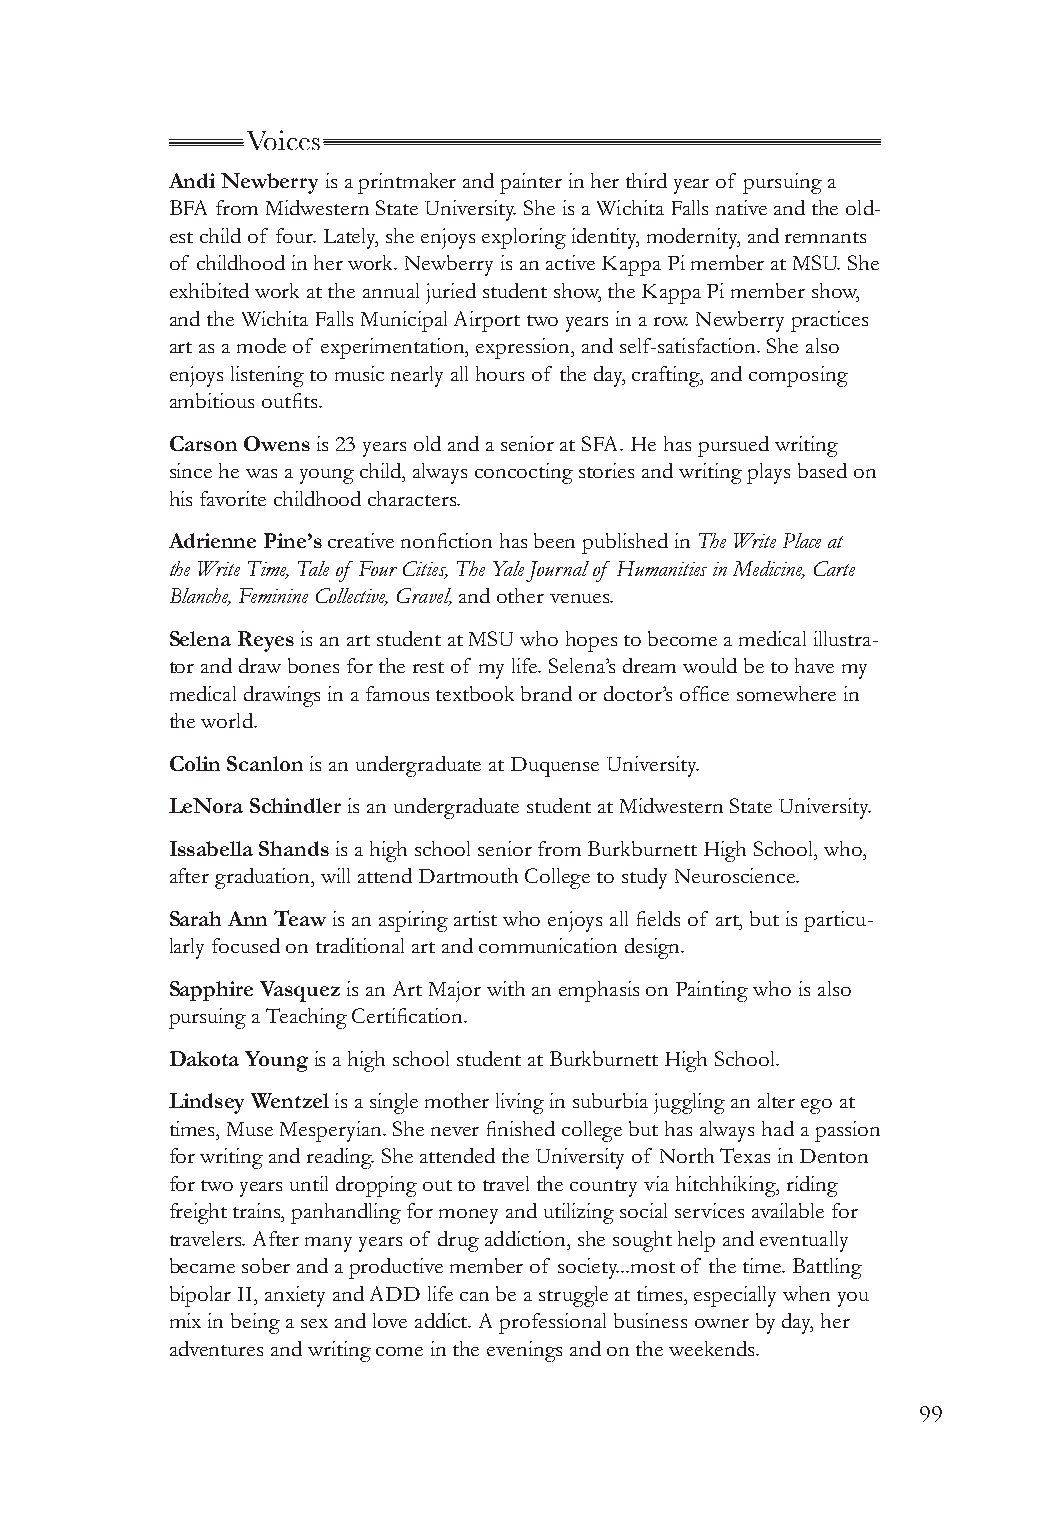
Voices
 Andi Newberry is a printmaker and painter in her third year of pursuing a
 BFA from Midwestern State University. She is a Wichita Falls native and the old-
 est child of four. Lately, she enjoys exploring identity, modernity, and remnants
 of childhood in her work. Newberry is an active Kappa Pi member at MSU. She
 exhibited work at the annual juried student show, the Kappa Pi member show,
 and the Wichita Falls Municipal Airport two years in a row. Newberry practices
 art as a mode of experimentation, expression, and self-satisfaction. She also
 enjoys listening to music nearly all hours of the day, crafting, and composing
 ambitious outfits.
 Carson Owens is 23 years old and a senior at SFA. He has pursued writing
 since he was a young child, always concocting stories and writing plays based on
 his favorite childhood characters.
 Adrienne Pine’s creative nonfiction has been published in The Write Place at
 the Write Time, Tale of Four Cities, The Yale Journal of Humanities in Medicine, Carte
 Blanche, Feminine Collective, Gravel, and other venues.
 Selena Reyes is an art student at MSU who hopes to become a medical illustra-
 tor and draw bones for the rest of my life. Selena’s dream would be to have my
 medical drawings in a famous textbook brand or doctor’s office somewhere in
 the world.
 Colin Scanlon is an undergraduate at Duquense University.
 LeNora Schindler is an undergraduate student at Midwestern State University.
 Issabella Shands is a high school senior from Burkburnett High School, who,
 after graduation, will attend Dartmouth College to study Neuroscience.
 Sarah Ann Teaw is an aspiring artist who enjoys all fields of art, but is particu-
 larly focused on traditional art and communication design.
 Sapphire Vasquez is an Art Major with an emphasis on Painting who is also
 pursuing a Teaching Certification.
 Dakota Young is a high school student at Burkburnett High School.
 Lindsey Wentzel is a single mother living in suburbia juggling an alter ego at
 times, Muse Mesperyian. She never finished college but has always had a passion
 for writing and reading. She attended the University of North Texas in Denton
 for two years until dropping out to travel the country via hitchhiking, riding
 freight trains, panhandling for money and utilizing social services available for
 travelers. After many years of drug addiction, she sought help and eventually
 became sober and a productive member of society...most of the time. Battling
 bipolar II, anxiety and ADD life can be a struggle at times, especially when you
 mix in being a sex and love addict. A professional business owner by day, her
 adventures and writing come in the evenings and on the weekends.
 99